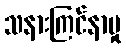
သနားကြင်နာမှု